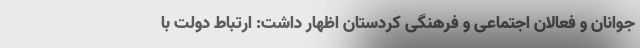
جوانان و فعالان اجتماعی و فرهنگی کردستان اظهار داشت: ارتباط دولت با